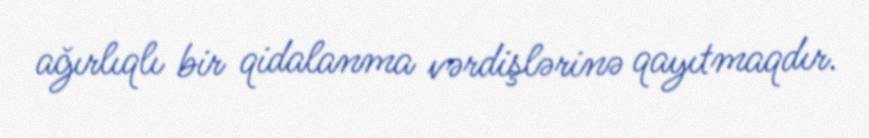
ağırlıqlı bir qidalanma vərdişlərinə qayıtmaqdır.